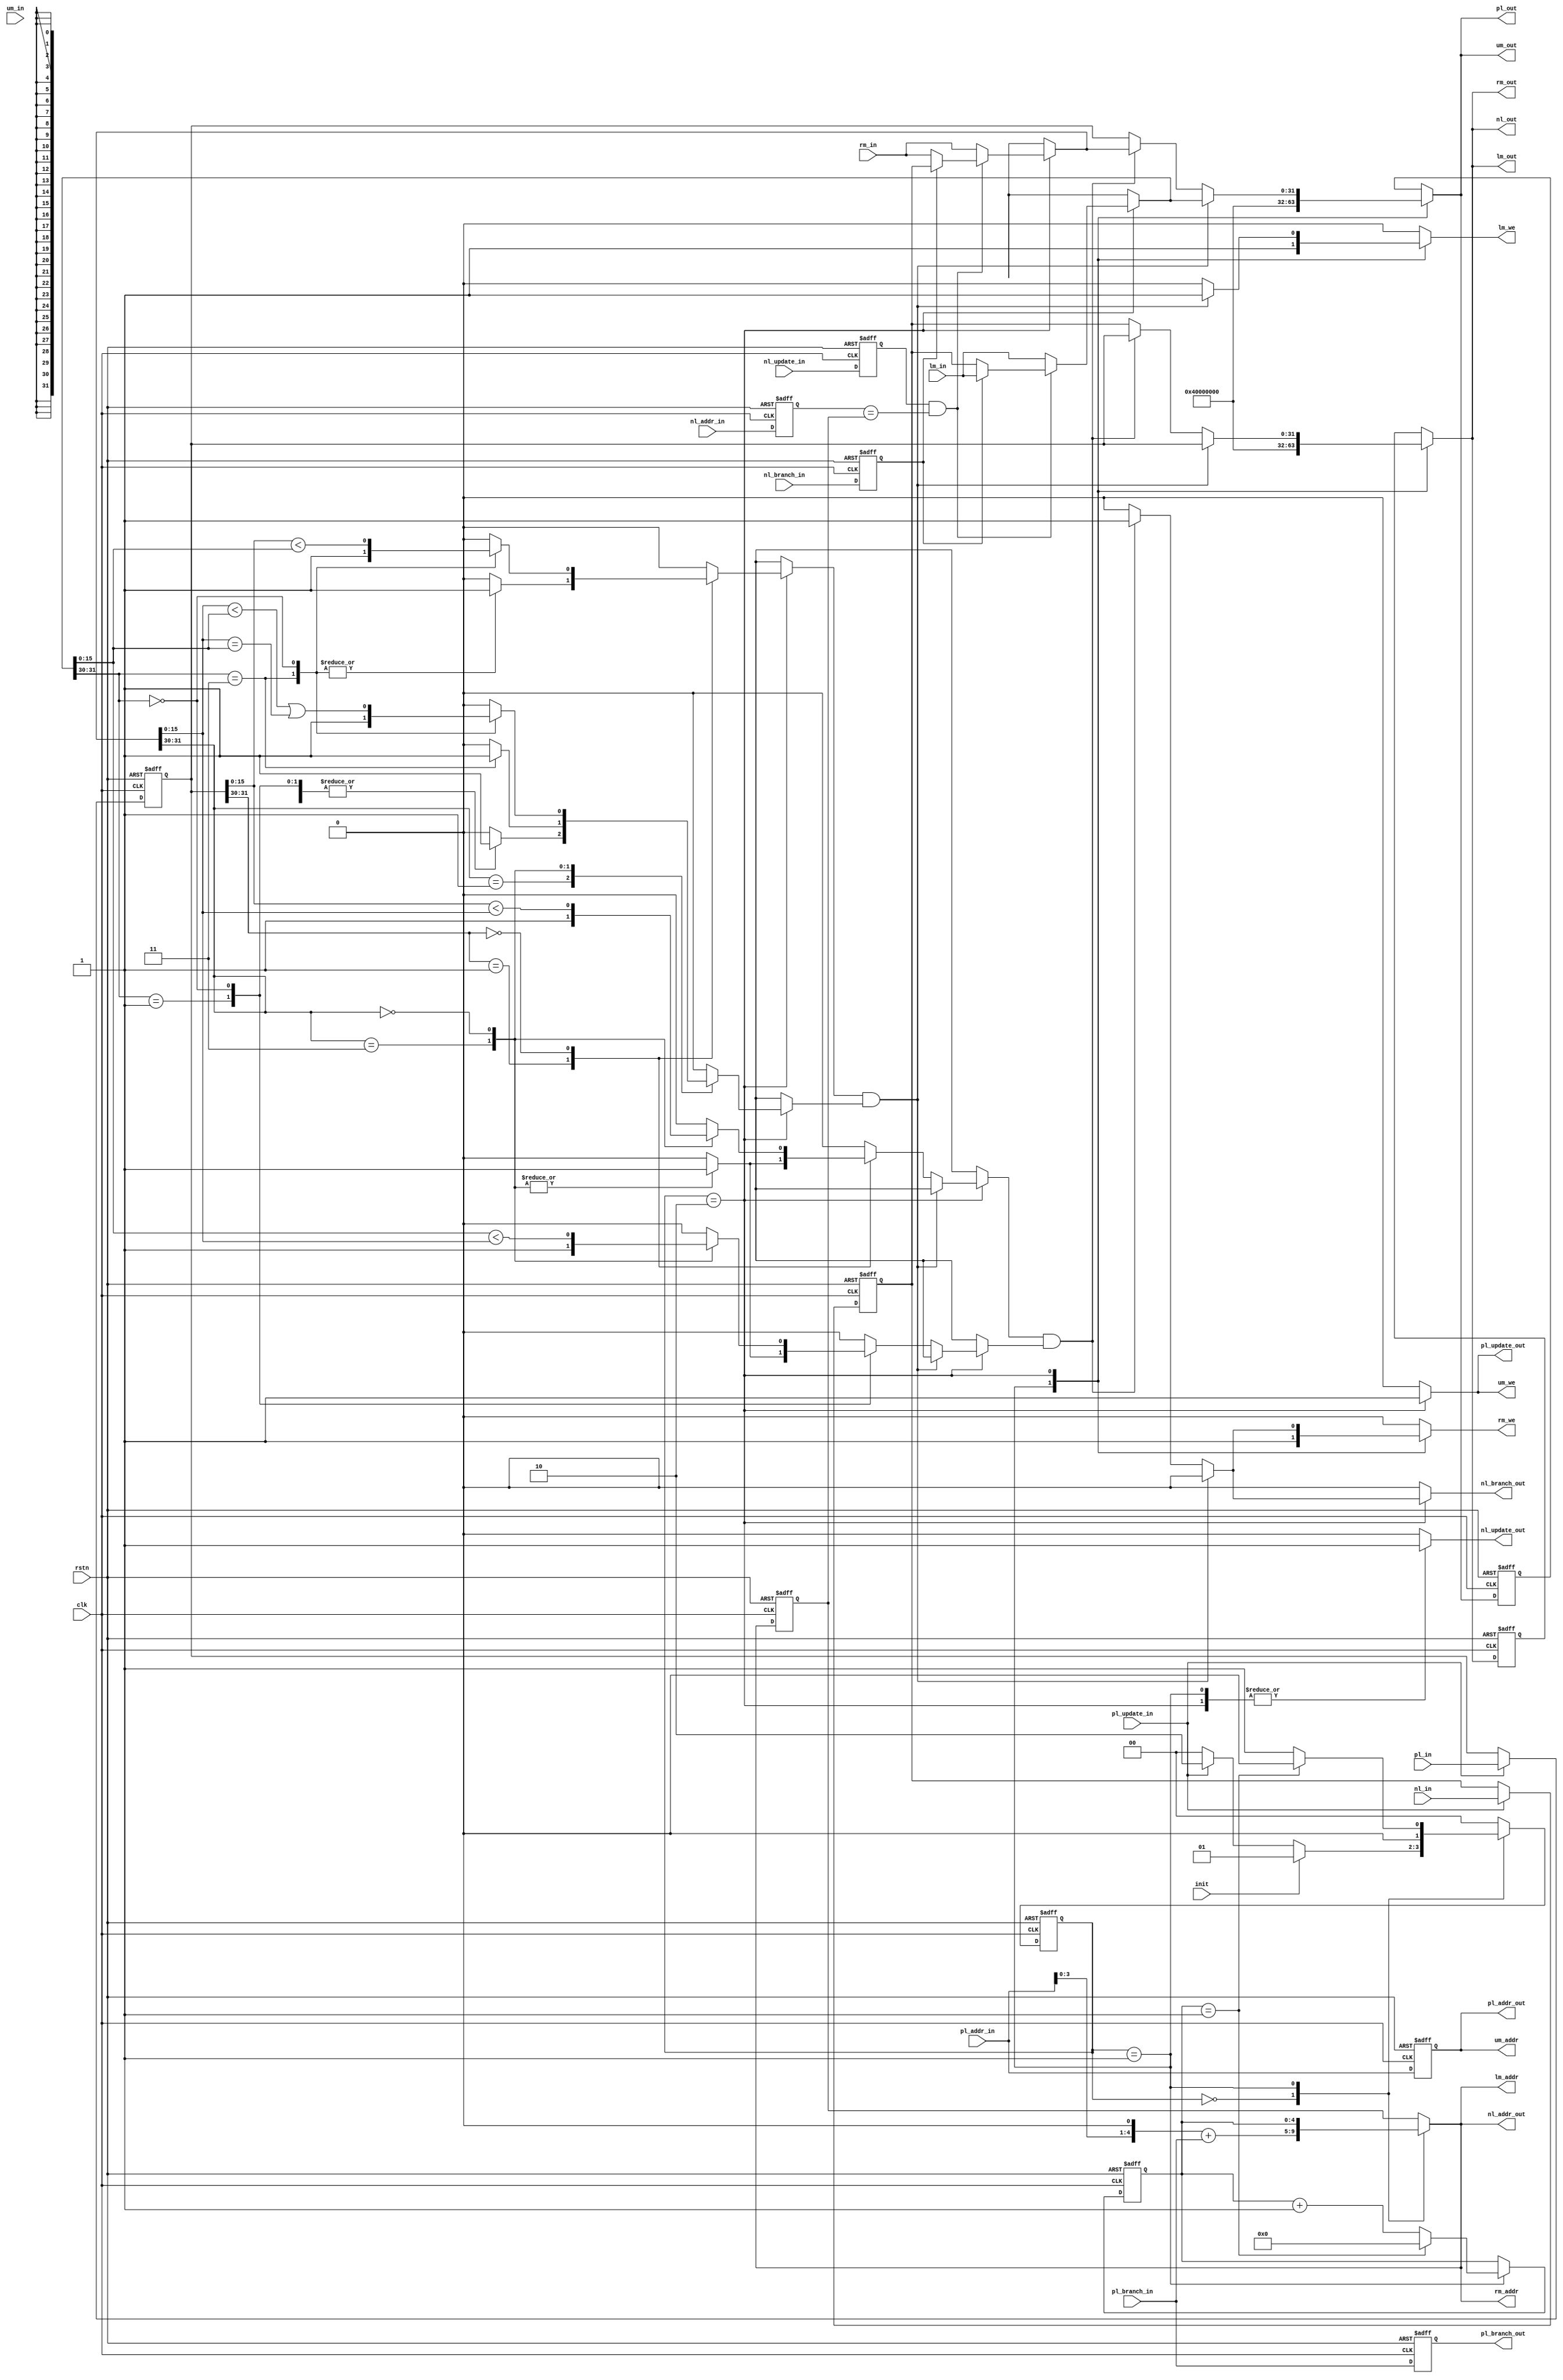
`timescale 1ns / 1ps
//////////////////////////////////////////////////////////////////////////////////
// Company: 
// Engineer: 
// 
// Design Name: 
// Module Name: sort_node
// Project Name: 
// Target Devices: 
// Tool Versions: 
// Description: 
// 
// Dependencies: 
// 
// Revision:
// Revision 0.01 - File Created
// Additional Comments:
// 
//////////////////////////////////////////////////////////////////////////////////
`define SIM
`define _MAX_
module sort_node
	#(
	parameter DATA_WIDTH = 32,
	parameter KEY_WIDTH = 16,
	parameter ADDR_WIDTH = 5,
	parameter INIT_DATA = {2'b01,{(DATA_WIDTH-2-KEY_WIDTH){1'b0}},{KEY_WIDTH{1'b0}}},
	parameter LEVEL = 1
	)
	(
	input clk,
	input rstn,
	input init,
//up memory ports
	input [DATA_WIDTH-1:0] um_in,    //never used      
	output [DATA_WIDTH-1:0] um_out,
	output [ADDR_WIDTH-1:0] um_addr,
	output um_we,
//left memory ports
	input [DATA_WIDTH-1:0] lm_in,
	output [DATA_WIDTH-1:0] lm_out,
	output [ADDR_WIDTH-1:0] lm_addr,
	output reg lm_we,
//right memory ports
	input [DATA_WIDTH-1:0] rm_in,
	output [DATA_WIDTH-1:0] rm_out,
	output [ADDR_WIDTH-1:0] rm_addr,
	output reg rm_we,
//value and control from/to previous level
	input pl_update_in,						
	input [ADDR_WIDTH-1:0] pl_addr_in,
	input pl_branch_in,                 //0: left 1: right
	input [DATA_WIDTH-1:0] pl_in,
	output reg [DATA_WIDTH-1:0] pl_out,
	output reg pl_update_out,
	output [ADDR_WIDTH-1:0] pl_addr_out,
	output reg pl_branch_out,
//by-pass value from/to next level
	input nl_update_in,     				//indicate nl_in is valid
	input [ADDR_WIDTH-1:0] nl_addr_in,
	input nl_branch_in,
	input [DATA_WIDTH-1:0] nl_in,
	output reg [DATA_WIDTH-1:0] nl_out,
	output reg nl_update_out,				//indicate nl_out is new
	output [ADDR_WIDTH-1:0] nl_addr_out,
	output reg nl_branch_out               //0:left   1:right

	
    );

localparam ADDR_MAX = 1<<LEVEL;
	
localparam IDLE		= 2'b00;	//when pl_update_in is valid, write pl_in and nl_in(if valid) into register, and read DPRAM from next level(lm and rm)
localparam INIT		= 2'b01;	//write INIT data into DPRAM
localparam SWAP		= 2'b10;	//compare and swap the three data

reg [1:0] pstate;
reg [1:0] nstate;

reg nl_update_in_r;

reg [DATA_WIDTH-1:0] pl_in_r;	//cache input data from previous level
reg [DATA_WIDTH-1:0] nl_in_r;	//cache input data from next level
reg [DATA_WIDTH-1:0] lm_in_r;  //select between lm_in and nl_in_r;
reg [DATA_WIDTH-1:0] rm_in_r;  //select between rm_in and nl_in_r;
reg [DATA_WIDTH-1:0] lm_in_r_reg; //avoid latch
reg [DATA_WIDTH-1:0] rm_in_r_reg;
reg [DATA_WIDTH-1:0] pl_out_reg;
reg [DATA_WIDTH-1:0] nl_out_reg;
reg [ADDR_WIDTH-1:0] nl_addr_in_r;
reg [ADDR_WIDTH-1:0] pl_addr_in_r;

reg nl_branch_in_r;

reg [ADDR_WIDTH-1:0] lrm_addr;
reg [ADDR_WIDTH-1:0] lrm_addr_r;
	
reg [ADDR_WIDTH-1:0] addr;	 //address to write initial data to DPRAM

always@(posedge clk or negedge rstn) begin
	if (!rstn)
		pstate <= IDLE;
	else
		pstate <= nstate;
end

always@(*) begin
	case (pstate)
	IDLE: nstate = init ? INIT : (pl_update_in ? SWAP : IDLE);
	INIT: nstate = addr==ADDR_MAX-1 ? IDLE : INIT;
	SWAP: nstate = IDLE;
	default: nstate = IDLE;
	endcase
end
	
assign lm_addr = lrm_addr;
assign lm_out = nl_out;
assign rm_addr = lrm_addr;	
assign rm_out = nl_out;
assign um_we = pl_update_out;
assign um_out = pl_out;
assign um_addr = pl_addr_in_r;	
assign nl_addr_out = lrm_addr;
assign pl_addr_out = pl_addr_in_r;
	
always@(*) begin
	case (pstate)
	IDLE: begin
		pl_out = pl_out_reg;
		pl_update_out = 0;
		nl_out = nl_out_reg;
		nl_update_out = 0;
		lrm_addr = (pl_addr_in << 1) + pl_branch_in;// + pl_branch_in * LEVEL;//lrm_addr_r;
		lm_we = 0;
		rm_we = 0;
		lm_in_r = lm_in_r_reg;
		rm_in_r = rm_in_r_reg;
		nl_branch_out = 0;
	end
	INIT: begin
		//pl_out = pl_out_reg;
		pl_out = INIT_DATA;
		pl_update_out = 0;
		nl_out = INIT_DATA;
		nl_update_out = 1;
		lm_we = 1;
		rm_we = 1;
		lrm_addr = addr;
		lm_in_r = lm_in_r_reg;
		rm_in_r = rm_in_r_reg;
		nl_branch_out = 0;
	end
	SWAP: begin
		lrm_addr = lrm_addr_r;// pl_addr_in + pl_branch_in * LEVEL;//2'd1;// pl_branch_in * 2;
		//get left or right data from by-pass channel
		if (nl_update_in_r && nl_addr_in_r==lrm_addr_r) begin
			if (!nl_branch_in_r) begin
				lm_in_r = nl_in_r;
				rm_in_r = rm_in;
			end
			else begin
				lm_in_r = lm_in;
				rm_in_r = nl_in_r;
			end
		end
		//get left or right data from DPRAM
		else begin
			lm_in_r = lm_in;
			rm_in_r = rm_in;
		end	
		//swap up data and left data
`ifdef _MAX_
        if (cmp_lt(pl_in_r, lm_in_r) && cmp_lte(rm_in_r, lm_in_r))// begin
`else
		if (cmp_lt(lm_in_r, pl_in_r) && cmp_lte(lm_in_r, rm_in_r))// begin
`endif
        begin
			pl_out = lm_in_r;
			nl_out = pl_in_r;
			pl_update_out = 1;
			nl_update_out = 1;
			lm_we = 1;
			rm_we = 0;
			nl_branch_out = 0;
		end

		//swap up data and right data
`ifdef _MAX_
		else if (cmp_lt(pl_in_r, rm_in_r) && cmp_lt(lm_in_r, rm_in_r))
`else	
        else if (cmp_lt(rm_in_r, pl_in_r) && cmp_lt(rm_in_r, lm_in_r))
`endif
		begin
			pl_out = rm_in_r;
			nl_out = pl_in_r;
			pl_update_out = 1;
			nl_update_out = 1;
			lm_we = 0;
			rm_we = 1;
			nl_branch_out = 1;
		end
		//do nothing
		else begin
			pl_out = pl_in_r;
			nl_out = nl_in_r;
            pl_update_out = 1;
            nl_update_out = 1;

//			pl_update_out = 0;
//			nl_update_out = 0;
			lm_we = 0;
			rm_we = 0;
			nl_branch_out = 0;
		end
	end
	default: begin
		pl_out = pl_out_reg;
		pl_update_out = 0;
		nl_out = nl_out_reg;
		nl_update_out = 0;
		lrm_addr = lrm_addr_r;
		lm_we = 0;
		rm_we = 0;
		lm_in_r = lm_in_r_reg;
		rm_in_r = rm_in_r_reg;
		nl_branch_out = 0;
	end
	endcase
end

always@(posedge clk or negedge rstn) begin
	if (!rstn) begin
		pl_addr_in_r <= 0;
		nl_addr_in_r <= 0;
		lrm_addr_r <= 0;
		//pl_update_in_r <= 0;
		nl_update_in_r <= 0;
		nl_branch_in_r <= 0;
		addr <= 0;
		pl_in_r <= 0;
		nl_in_r <= 0;
		pl_branch_out <= 0;
		lm_in_r_reg <= 0;
		rm_in_r_reg <= 0;
		pl_out_reg <= 0;
		nl_out_reg <= 0;
	end
	else begin
		pl_addr_in_r <= pl_addr_in;
		nl_addr_in_r <= nl_addr_in;
		lrm_addr_r <= lrm_addr;
		//pl_update_in_r <= pl_update_in;
		nl_update_in_r <= nl_update_in;
		nl_branch_in_r <= nl_branch_in;
		pl_branch_out <= pl_branch_in;
		lm_in_r_reg <= lm_in_r;
		rm_in_r_reg <= rm_in_r;
		pl_out_reg <= pl_out;
		nl_out_reg <= nl_out;
		if (pstate==INIT)
			addr <= addr==ADDR_MAX-1 ? 0 : addr+1;	
		if (pl_update_in) begin
			pl_in_r <= pl_in;
			nl_in_r <= nl_in;
		end
	end
end
/*
module cmp_lt
#(
	parameter DATA_WIDTH = 32,
	parameter KEY_WIDTH = 16
)
(
	input [DATA_WIDTH-1:0] d1,
	input [DATA_WIDTH-1:0] d2,
	output 
*/
function cmp_lt;        //return true if d1 key < d2 key
	input [DATA_WIDTH-1:0] d1; 
	input [DATA_WIDTH-1:0] d2;
	reg [1:0] d1_flag;
	reg [1:0] d2_flag;
	reg [KEY_WIDTH-1:0] d1_key;
	reg [KEY_WIDTH-1:0] d2_key;	
	begin
		d1_flag = d1[DATA_WIDTH-1:DATA_WIDTH-2];
		d2_flag = d2[DATA_WIDTH-1:DATA_WIDTH-2];
		d1_key = d1[KEY_WIDTH-1:0];
		d2_key = d2[KEY_WIDTH-1:0];
		case (d1_flag)
		2'b01: begin    //d1 is min
		    case (d2_flag)
		    2'b11: cmp_lt = 1;  //d2 is max
		    2'b00: cmp_lt = 1;  //d2 is normal
		    2'b01: cmp_lt = 0;  //d2 is min
		    default: cmp_lt = 0;
		    endcase
        end
        2'b11: begin    //d1 is max
            cmp_lt = 0;
        end
        2'b00: begin    //d1 is normal
            case(d2_flag)
            2'b11: cmp_lt = 1;  //d2 is max
            2'b01: cmp_lt = 0;  //d2 is min
            2'b00: cmp_lt = d1_key < d2_key;  //d2 is normal
            default: cmp_lt = 0;
            endcase
        end
        default:
            cmp_lt = 0;
        endcase
    end
endfunction
            
            
		    		    
		
	/*	
		
		//d1 is initial data
		if (d1_flag==2'b01)
			cmp_lt = 1;
		//d1 is flush data
		else if (d1_flag==2'b11)
			cmp_lt = 0;
		//d1 is variable
		else if (d1_flag==2'b00) begin
			//d2 is initial data
			if (d2_flag==2'b01)
				cmp_lt = 0;
			//d2 is flush data
			else if (d2_flag==2'b11)
				cmp_lt = 1;
			//d2 is variable
			else if (d2_flag==2'b00)
				cmp_lt = d1_key<d2_key;
			else
				cmp_lt = 0;
		end
		else
			cmp_lt = 0;
	end
endfunction
*/
function cmp_lte;        //return true if d1 key <= d2 key
	input [DATA_WIDTH-1:0] d1; 
	input [DATA_WIDTH-1:0] d2;
	reg [1:0] d1_flag;
	reg [1:0] d2_flag;
	reg [KEY_WIDTH-1:0] d1_key;
	reg [KEY_WIDTH-1:0] d2_key;	
	begin
		d1_flag = d1[DATA_WIDTH-1:DATA_WIDTH-2];
		d2_flag = d2[DATA_WIDTH-1:DATA_WIDTH-2];
		d1_key = d1[KEY_WIDTH-1:0];
		d2_key = d2[KEY_WIDTH-1:0];
		d1_flag = d1[DATA_WIDTH-1:DATA_WIDTH-2];
        d2_flag = d2[DATA_WIDTH-1:DATA_WIDTH-2];
        d1_key = d1[KEY_WIDTH-1:0];
        d2_key = d2[KEY_WIDTH-1:0];
        case (d1_flag)
        2'b01: begin    //d1 is min
            case (d2_flag)
            2'b11: cmp_lte = 1;  //d2 is max
            2'b00: cmp_lte = 1;  //d2 is normal
            2'b01: cmp_lte = 1;  //d2 is min
            default: cmp_lte = 0;
            endcase
        end
        2'b11: begin    //d1 is max
            case (d2_flag)
            2'b11: cmp_lte = 1;  //d2 is max
            default: cmp_lte = 0;
            endcase
        end
        2'b00: begin    //d1 is normal
            case(d2_flag)
            2'b11: cmp_lte = 1;  //d2 is max
            2'b01: cmp_lte = 0;  //d2 is min
            2'b00: cmp_lte = d1_key < d2_key || d1_key == d2_key;  //d2 is normal
            default: cmp_lte = 0;
            endcase
        end
        default:
            cmp_lte = 0;
        endcase
    end
endfunction
		    
		
		
		
		
/*		
		//d1 is initial data
		if (d1_flag==2'b01)
			cmp_lte = 1;
		//d1 is flush data
		else if (d1_flag==2'b11)
			cmp_lte = 0;
		//d1 is variable
		else if (d1_flag==2'b00) begin
			//d2 is initial data
			if (d2_flag==2'b01)
				cmp_lte = 0;
			//d2 is flush data
			else if (d2_flag==2'b11)
				cmp_lte = 1;
			//d2 is variable
			else if (d2_flag==2'b00)
				cmp_lte = d1_key<d2_key || d1_key==d2_key;
			else
				cmp_lte = 0;
		end
		else
			cmp_lte = 0;
	end
endfunction
*/

`ifdef SIM
wire [KEY_WIDTH-1:0] lm_in_key, rm_in_key, pl_in_key;
wire [KEY_WIDTH-1:0] lm_out_key, rm_out_key, pl_out_key;
assign pl_in_key = pl_in_r[KEY_WIDTH-1:0];
assign lm_in_key = lm_in_r[KEY_WIDTH-1:0];
assign rm_in_key = rm_in_r[KEY_WIDTH-1:0];
assign pl_out_key = pl_out[KEY_WIDTH-1:0];
assign lm_out_key = lm_out[KEY_WIDTH-1:0];
assign rm_out_key = rm_out[KEY_WIDTH-1:0];
`endif	
	
endmodule